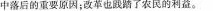
中落后的重要原因；改革也践踏了农民的利益。